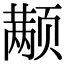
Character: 颟